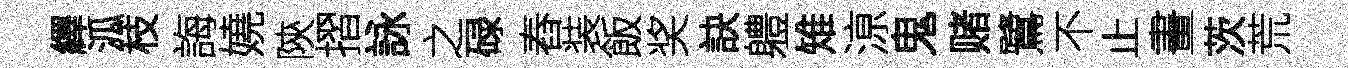
繹泒枝誨嬈陝摺詠之碌舂装飯奖訣軆雉鿌鬼赌鷺不止畫茨荒